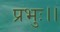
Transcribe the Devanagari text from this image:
प्रभुः।।